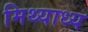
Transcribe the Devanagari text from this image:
मिथ्याध्य